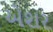
એશર